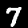
Label: 7